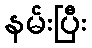
နမ်းပြီး